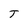
Character: T